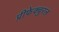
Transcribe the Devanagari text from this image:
प्रीफेक्चुरल